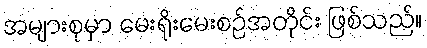
အများစုမှာ မေးရိုးမေးစဉ်အတိုင်း ဖြစ်သည်။